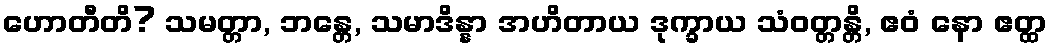
ဟောတီတိ? သမတ္တာ, ဘန္တေ, သမာဒိန္နာ အဟိတာယ ဒုက္ခာယ သံဝတ္တန္တိ, ဧဝံ နော ဧတ္ထ